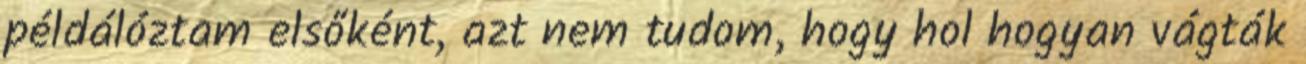
példálóztam elsőként, azt nem tudom, hogy hol hogyan vágták